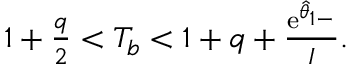
\begin{array} { r } { 1 + \frac { q } { 2 } < T _ { b } < 1 + q + \frac { \mathrm { e } ^ { \hat { \theta } _ { 1 - } } } { I } . } \end{array}